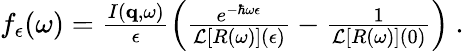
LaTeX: \begin{array}{r}{f_{\epsilon}(\omega)=\frac{I(\mathbf{q},\omega)}{\epsilon}\left(\frac{e^{-\hbar\omega\epsilon}}{\mathcal{L}\left[R(\omega)\right](\epsilon)}-\frac{1}{\mathcal{L}\left[R(\omega)\right](0)}\right)\ .}\end{array}